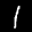
Label: 1